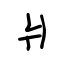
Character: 爿